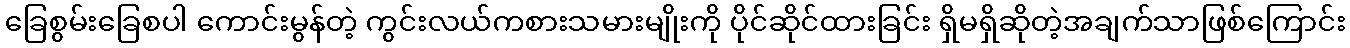
ခြေစွမ်းခြေစပါ ကောင်းမွန်တဲ့ ကွင်းလယ်ကစားသမားမျိုးကို ပိုင်ဆိုင်ထားခြင်း ရှိမရှိဆိုတဲ့အချက်သာဖြစ်ကြောင်း